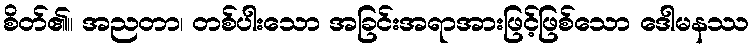
စိတ်၏။ အညတာ၊ တစ်ပါးသော အခြင်းအရာအားဖြင့်ဖြစ်သော ဒေါမနဿ